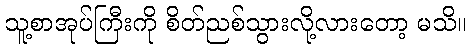
သူ့စာအုပ်ကြီးကို စိတ်ညစ်သွားလို့လားတော့ မသိ။